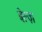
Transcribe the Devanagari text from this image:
बेल्ज़